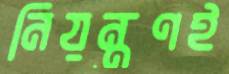
নিয়ন্ত্রণই